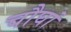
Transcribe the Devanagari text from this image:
चौघां